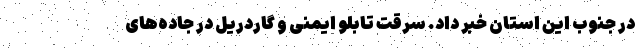
در جنوب این استان خبر داد. سرقت تابلو ایمنی و گاردریل در جاده‌های